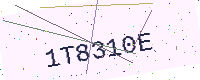
Text: 1T8310E